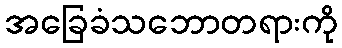
အခြေခံသဘောတရားကို